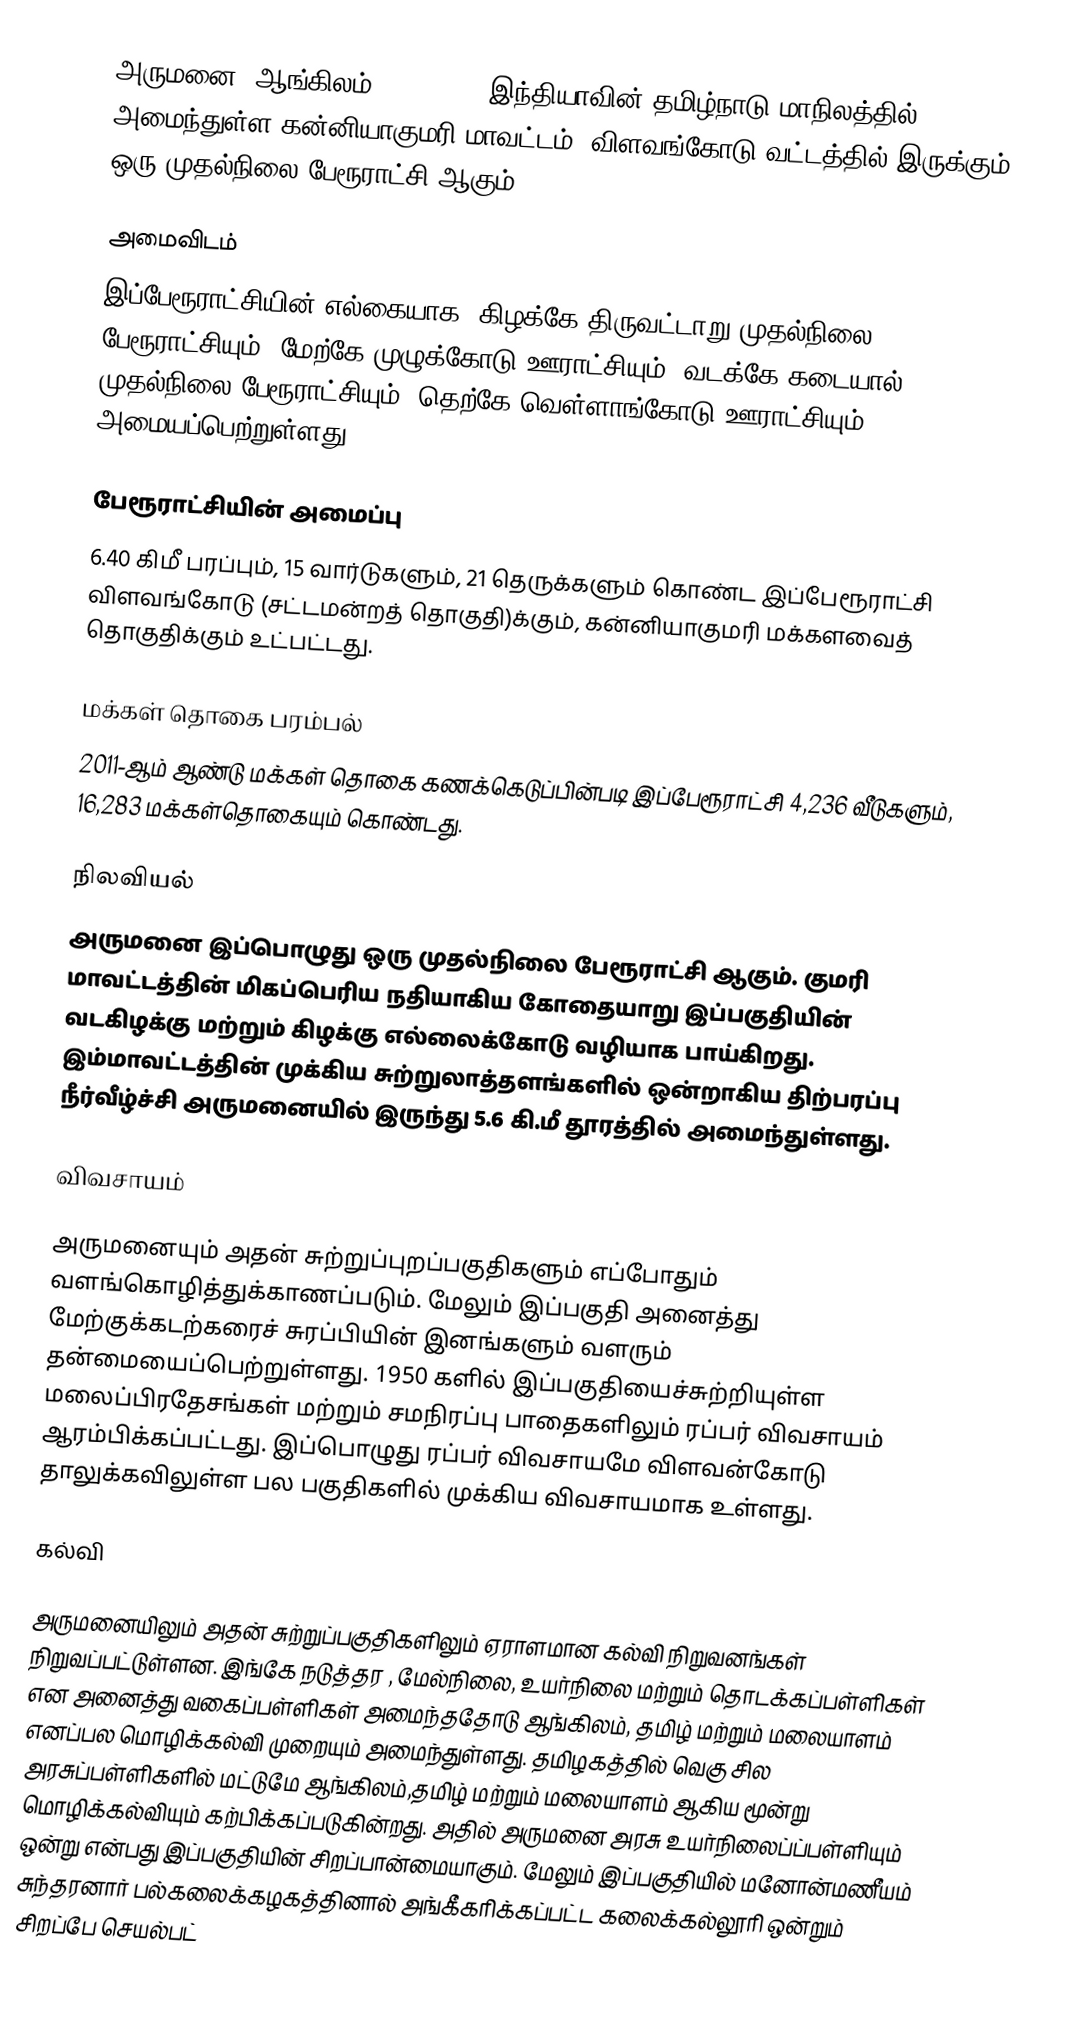
அருமனை (ஆங்கிலம்:Arumanai), இந்தியாவின் தமிழ்நாடு மாநிலத்தில் அமைந்துள்ள கன்னியாகுமரி மாவட்டம், விளவங்கோடு வட்டத்தில் இருக்கும் ஒரு முதல்நிலை பேரூராட்சி ஆகும்.

அமைவிடம்
இப்பேரூராட்சியின் எல்கையாக, கிழக்கே திருவட்டாறு முதல்நிலை பேரூராட்சியும், மேற்கே முழுக்கோடு ஊராட்சியும், வடக்கே கடையால் முதல்நிலை பேரூராட்சியும், தெற்கே வெள்ளாங்கோடு ஊராட்சியும் அமையப்பெற்றுள்ளது.

பேரூராட்சியின் அமைப்பு
6.40 கிமீ  பரப்பும், 15  வார்டுகளும், 21 தெருக்களும் கொண்ட இப்பேரூராட்சி விளவங்கோடு  (சட்டமன்றத் தொகுதி)க்கும், கன்னியாகுமரி மக்களவைத் தொகுதிக்கும் உட்பட்டது.

மக்கள் தொகை பரம்பல்
2011-ஆம் ஆண்டு மக்கள் தொகை கணக்கெடுப்பின்படி  இப்பேரூராட்சி                           4,236  வீடுகளும், 16,283 மக்கள்தொகையும் கொண்டது.

நிலவியல்
அருமனை இப்பொழுது ஒரு முதல்நிலை பேரூராட்சி ஆகும். குமரி மாவட்டத்தின் மிகப்பெரிய நதியாகிய கோதையாறு இப்பகுதியின் வடகிழக்கு மற்றும் கிழக்கு எல்லைக்கோடு வழியாக பாய்கிறது. இம்மாவட்டத்தின் முக்கிய சுற்றுலாத்தளங்களில் ஒன்றாகிய திற்பரப்பு நீர்வீழ்ச்சி அருமனையில் இருந்து 5.6 கி.மீ தூரத்தில் அமைந்துள்ளது.

விவசாயம்

அருமனையும் அதன் சுற்றுப்புறப்பகுதிகளும் எப்போதும் வளங்கொழித்துக்காணப்படும். மேலும் இப்பகுதி அனைத்து  மேற்குக்கடற்கரைச் சுரப்பியின் இனங்களும் வளரும் தன்மையைப்பெற்றுள்ளது. 1950 களில் இப்பகுதியைச்சுற்றியுள்ள மலைப்பிரதேசங்கள்  மற்றும் சமநிரப்பு பாதைகளிலும் ரப்பர் விவசாயம் ஆரம்பிக்கப்பட்டது.  இப்பொழுது ரப்பர் விவசாயமே விளவன்கோடு தாலுக்கவிலுள்ள பல பகுதிகளில்  முக்கிய விவசாயமாக உள்ளது.

கல்வி

அருமனையிலும் அதன் சுற்றுப்பகுதிகளிலும் ஏராளமான கல்வி நிறுவனங்கள் நிறுவப்பட்டுள்ளன. இங்கே நடுத்தர , மேல்நிலை, உயர்நிலை மற்றும் தொடக்கப்பள்ளிகள் என அனைத்து வகைப்பள்ளிகள் அமைந்ததோடு ஆங்கிலம், தமிழ் மற்றும் மலையாளம் எனப்பல மொழிக்கல்வி முறையும் அமைந்துள்ளது. தமிழகத்தில் வெகு சில அரசுப்பள்ளிகளில் மட்டுமே ஆங்கிலம்,தமிழ் மற்றும் மலையாளம்  ஆகிய மூன்று மொழிக்கல்வியும் கற்பிக்கப்படுகின்றது. அதில் அருமனை அரசு உயர்நிலைப்ப்பள்ளியும் ஒன்று என்பது இப்பகுதியின் சிறப்பான்மையாகும். மேலும் இப்பகுதியில் மனோன்மணீயம் சுந்தரனார் பல்கலைக்கழகத்தினால் அங்கீகரிக்கப்பட்ட கலைக்கல்லூரி ஒன்றும் சிறப்பே செயல்பட்